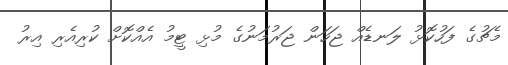
މެޗުގެ ފަހުކޮޅު ލަނޑެއް ޖަހަން ޖަރުމަނުގެ މުޅި ޓީމު އެއްކޮށް ކުރިއެރި އިރު